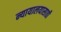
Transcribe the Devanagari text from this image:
न्यायालयासाठी